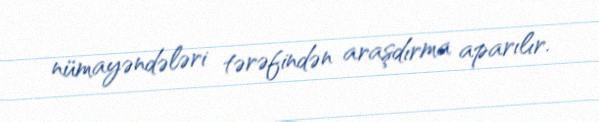
nümayəndələri tərəfindən araşdırma aparılır.